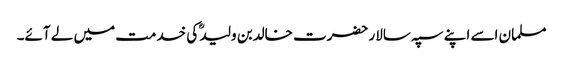
مسلمان اسے اپنے سپہ سالار حضرت خالدبن ولیدؓ کی خدمت میں لے آئے۔